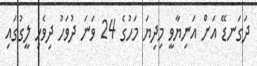
ދަގަނޑޭ އަށް އަނިޔާވީ މިދިޔަ މަހުގެ 24 ވަނަ ދުވަހު ދިވެހި ލީގުގައި